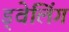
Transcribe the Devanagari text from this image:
ड्वेलिंग